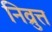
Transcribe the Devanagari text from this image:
निव्रुत्त